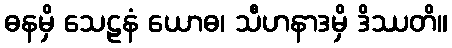
ဓနမှိ သေဠနံ ယောဓ၊ သီဟနာဒမှိ ဒိဿတိ။